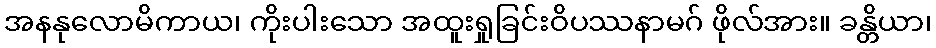
အနနုလောမိကာယ၊ ကိုးပါးသော အထူးရှုခြင်းဝိပဿနာမဂ် ဖိုလ်အား။ ခန္တိယာ၊